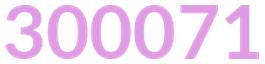
300071